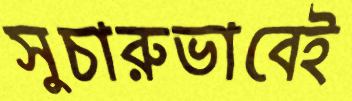
সুচারুভাবেই